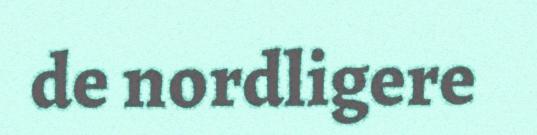
de nordligere